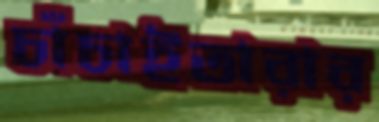
চাঁচাইতারার